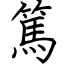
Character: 篤